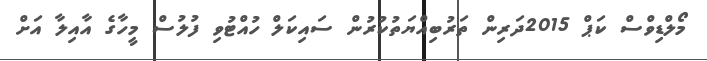
މޯލްޑިވްސް ކަޕް 2015ދަރިން ތަރުބިއްޔަތުކުރުން ސައިކަލް ހުއްޓުވި ފުލުސް މީހާގެ އާއިލާ އަށް